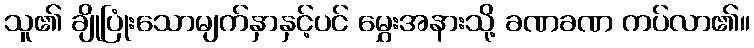
သူ၏ ချိုပြုံးသောမျက်နှာနှင့်ပင် မွှေးအနားသို့ ခဏခဏ ကပ်လာ၏။